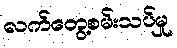
လက်တွေ့စမ်းသပ်မှု